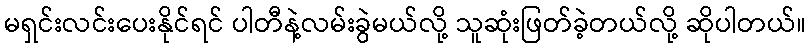
မရှင်းလင်းပေးနိုင်ရင် ပါတီနဲ့လမ်းခွဲမယ်လို့ သူဆုံးဖြတ်ခဲ့တယ်လို့ ဆိုပါတယ်။